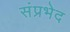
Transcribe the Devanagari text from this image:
संप्रभेद